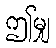
ဤမျှ